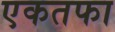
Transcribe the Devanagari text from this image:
एकतफा